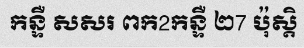
កន្ទឺ សសរ ពក2កន្ទឺ ២7 ប៉ុស្តិ